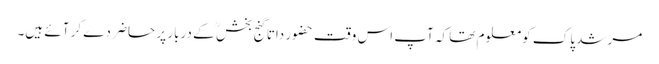
مرشد پاک کو معلوم تھا کہ آپ اس وقت حضور داتا گنج بخش ؒ کے دربار پر حاضر دے کر آئے ہیں۔